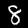
Label: 8